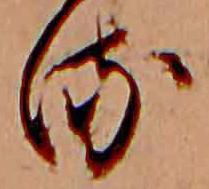
る